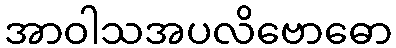
အာဝါသအပလိဗောဓော